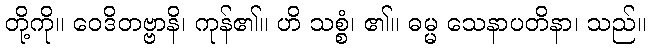
တို့ကို။ ဝေဒိတဗ္ဗာနိ၊ ကုန်၏။ ဟိ သစ္စံ၊ ၏။ ဓမ္မ သေနာပတိနာ၊ သည်။